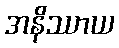
အနိဿာယ